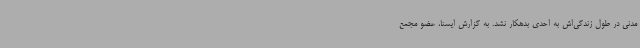
مدنی در طول زندگی‌اش به احدی بدهکار نشد. به گزارش ایسنا، عضو مجمع